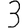
Digit: 3